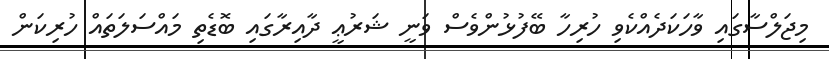
މިޖަލްސާގައި ވާހަކަދެއްކެވި ހުރިހާ ބޭފުޅުންވެސް ވަނީ ޝަރުޢީ ދާއިރާގައި ބޮޑެތި މައްސަލަތައް ހުރިކަން